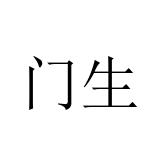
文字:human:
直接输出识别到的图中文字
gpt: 门生